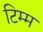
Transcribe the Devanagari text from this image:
टिम्म